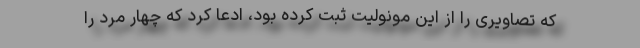
که تصاویری را از این مونولیت ثبت کرده بود، ادعا کرد که چهار مرد را